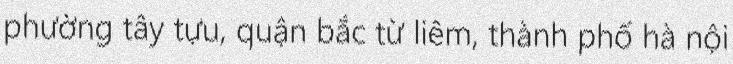
phường tây tựu, quận bắc từ liêm, thành phố hà nội